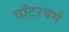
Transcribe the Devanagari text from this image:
वॉटरबर्ग